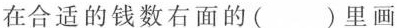
在合适的钱数右面的( )里画